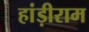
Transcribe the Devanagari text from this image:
हांड़ीराम